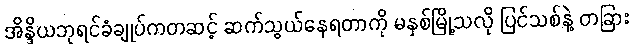
အိန္ဒိယဘုရင်ခံချုပ်ကတဆင့် ဆက်သွယ်နေရတာကို မနှစ်မြို့သလို ပြင်သစ်နဲ့ တခြား